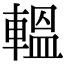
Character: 轀